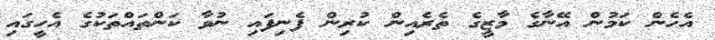
އެހެން ކަމުން އޭނާގެ މާޒީގެ ތެރެއިން ކުރިން ފެނިފައި ނުވާ ކަންތައްތަކުގެ އެހީގައި